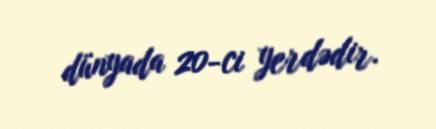
dünyada 20-ci yerdədir.